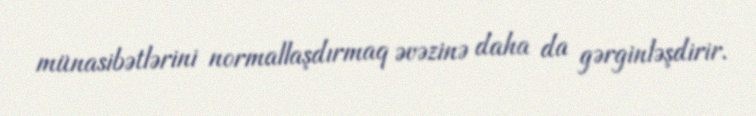
münasibətlərini normallaşdırmaq əvəzinə daha da gərginləşdirir.